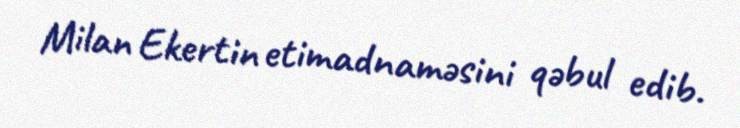
Milan Ekertin etimadnaməsini qəbul edib.